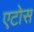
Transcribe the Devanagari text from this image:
एटोस